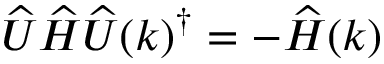
\widehat { U } \widehat { H } \widehat { U } ( k ) ^ { \dag } = - \widehat { H } ( k )